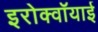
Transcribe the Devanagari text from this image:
इरोक्वॉयाई